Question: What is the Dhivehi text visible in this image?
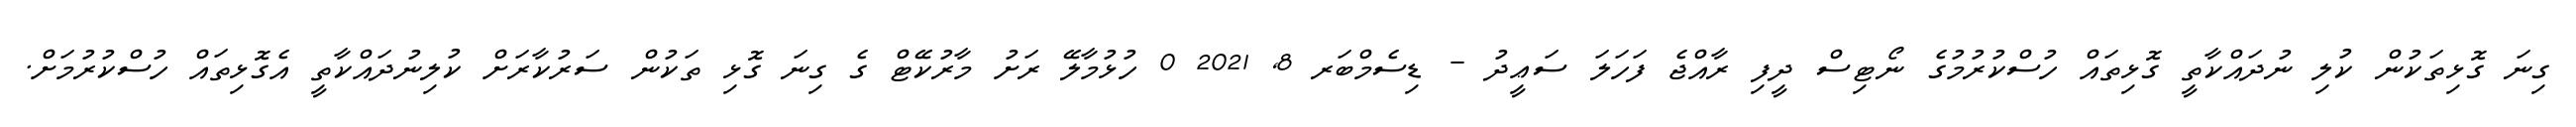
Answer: ގިނަ ގޮޅިތަކުން ކުލި ނުދައްކާތީ ގޮޅިތައް ހުސްކުރުމުގެ ނޯޓިސް ދީފި ރާއްޖެ ފަހަލަ ސަޢީދު - ޑިސެމްބަރ 8, 2021 0 ހުޅުމާލޭ ރަށު މާރުކޭޓް ގެ ގިނަ ގޮޅި ތަކުން ސަރުކާރަށް ކުލިނުދައްކާތީ އެގޮޅިތައް ހުސްކުރުމަށް.